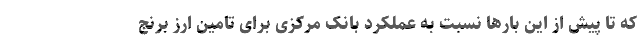
که تا پیش از این بارها نسبت به عملکرد بانک مرکزی برای تامین ارز برنج